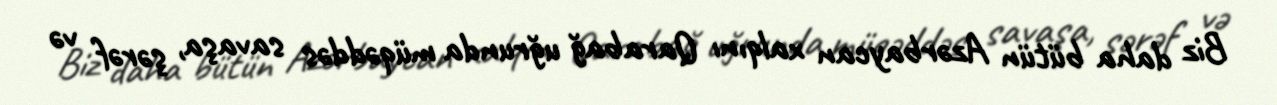
Biz daha bütün Azərbaycan xalqını Qarabağ uğrunda müqəddəs savaşa, şərəf və